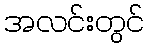
အလင်းတွင်